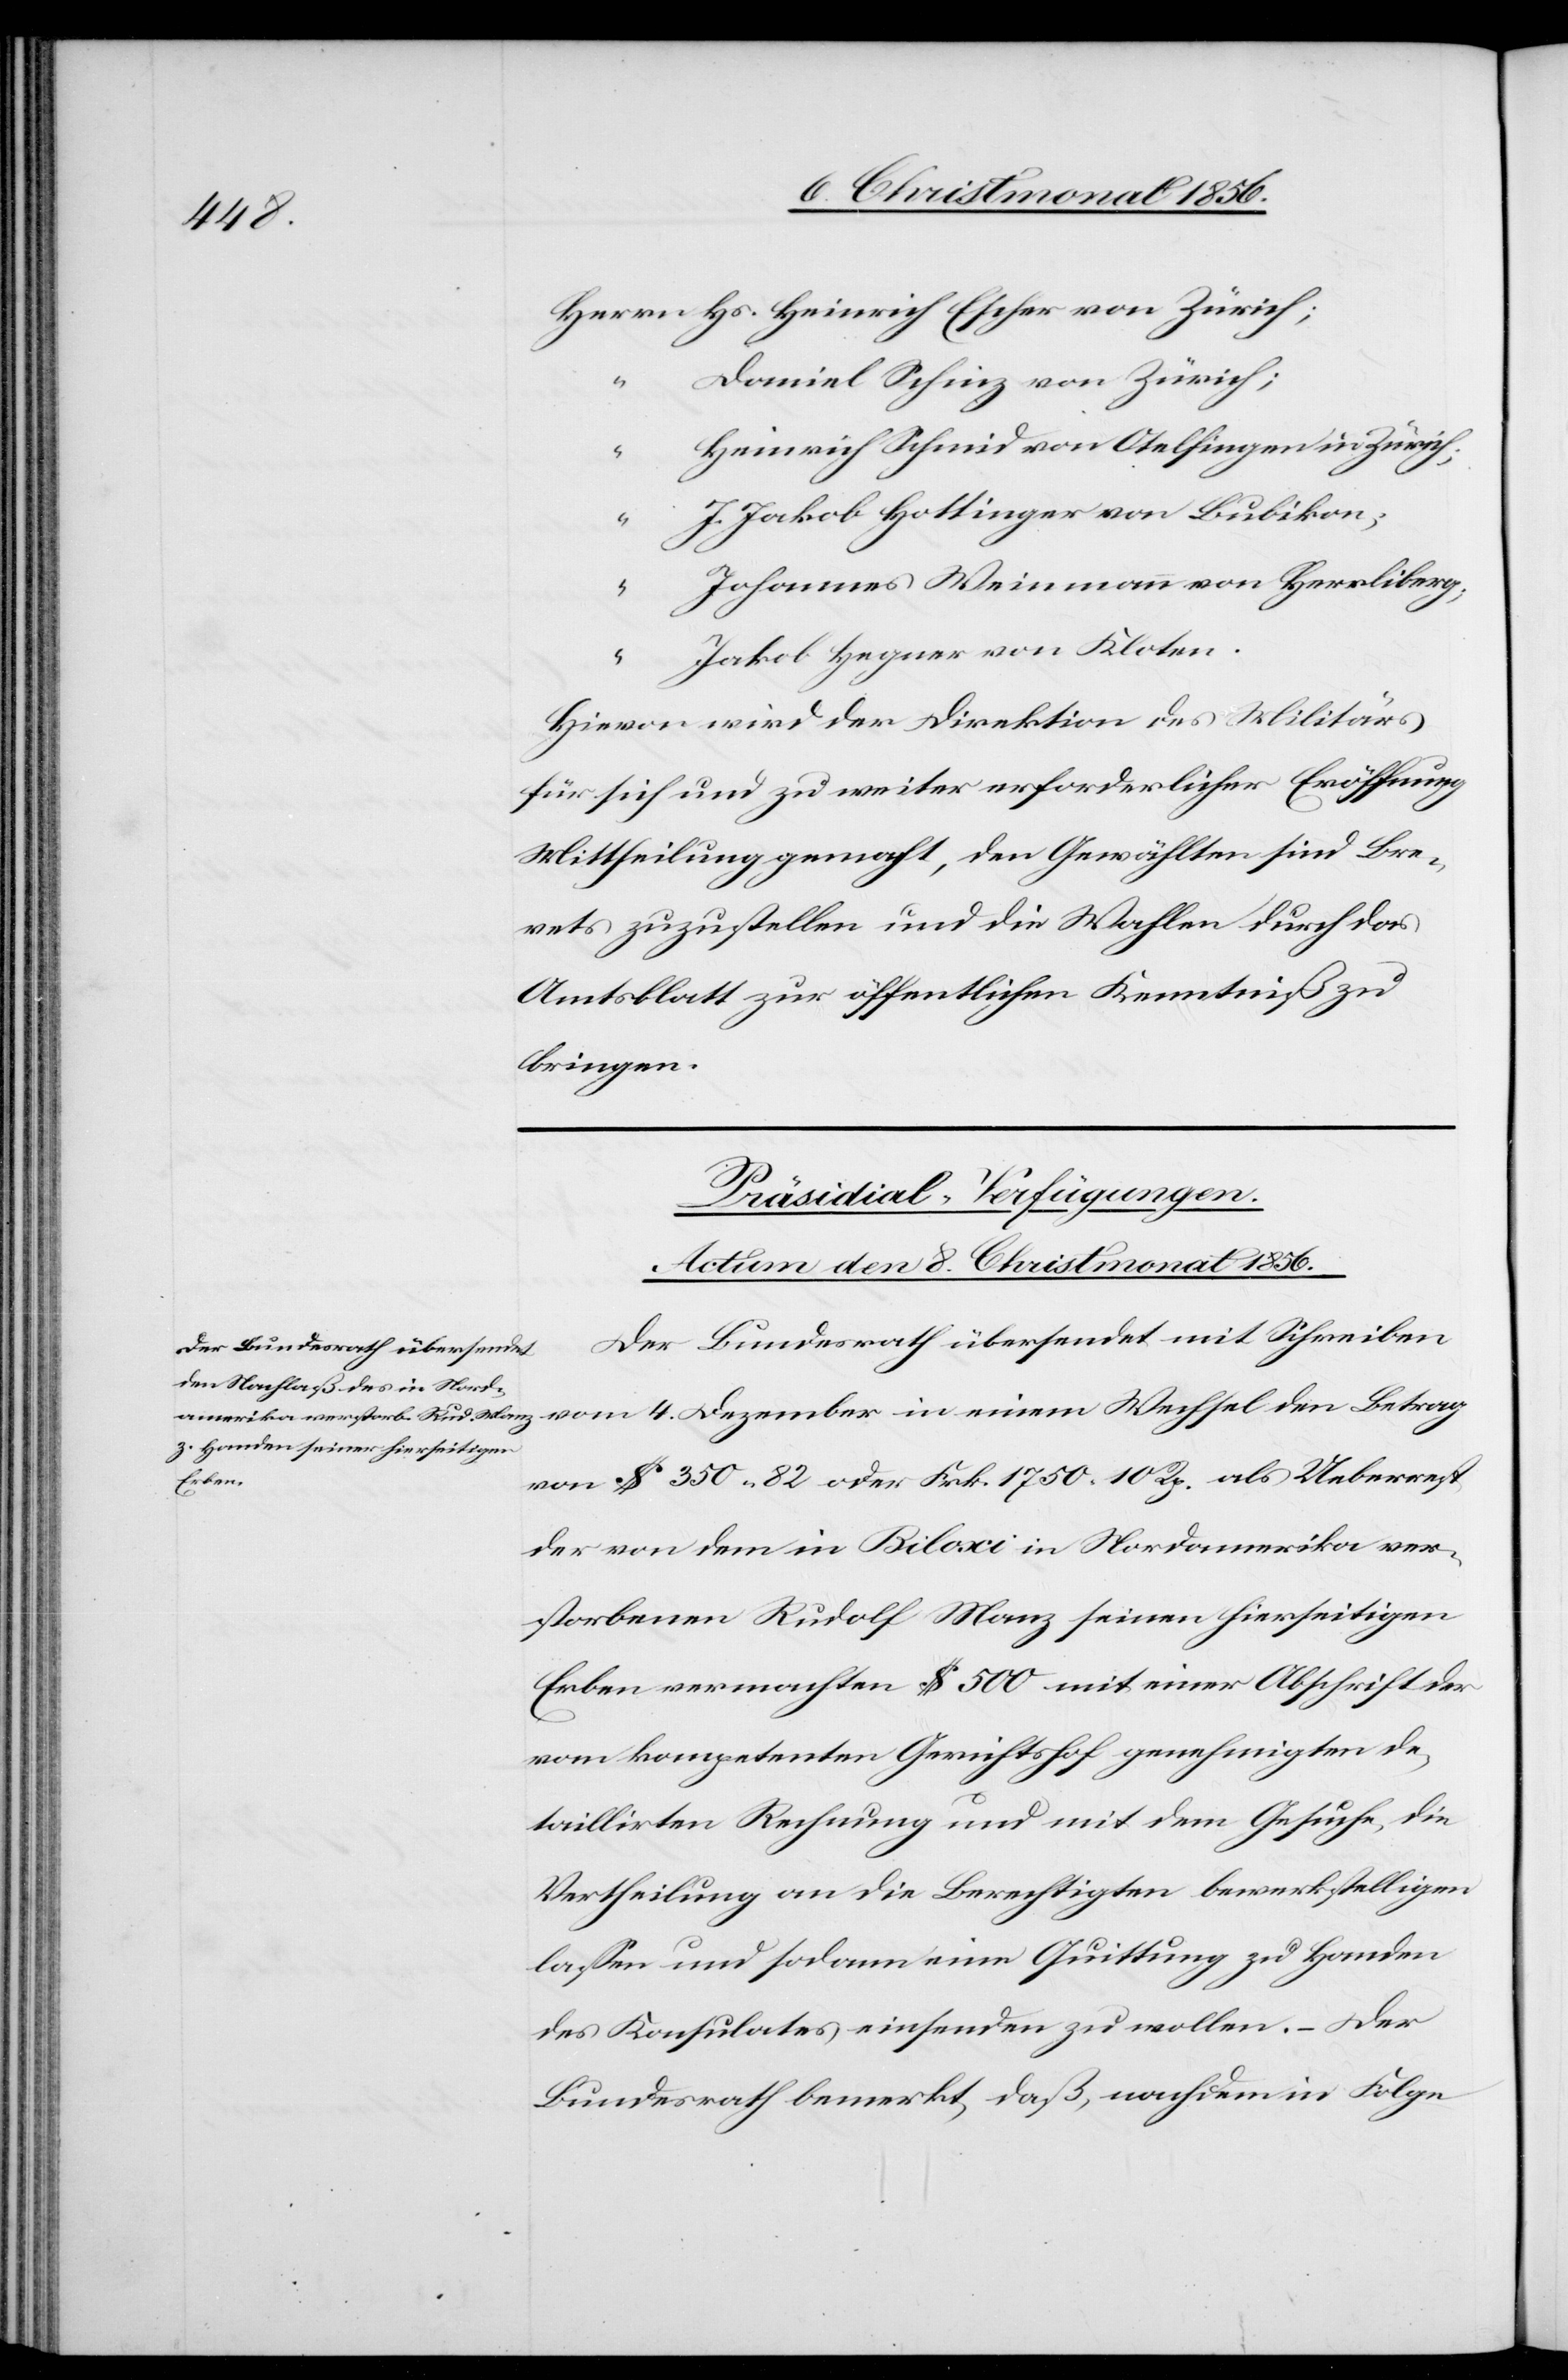
Herrn	 Hs. Heinrich Escher von Zürich;
Daniel Schinz von Zürich;
4.
“	 Heinrich Schmid von Otelfingen in Zürich;
J. Jakob Hottinger von Bubikon;
Johannes Weinmann von Herrliberg;
“	 Jakob Hegner von Kloten.
Hievon wird der Direktion des Militärs
für sich und zu weiter erforderlicher Eröffnung
Mittheilung gemacht, den Gewählten sind Bre¬
vets zuzustellen und die Wahlen durch das
Amtsblatt zur öffentlichen Kenntniß zu
bringen.
Präsidial-Verfügungen.
Actum den 8. Christmonat 1856.
Der Bundesrath übersendet mit Schreiben
von $ 350. 82 oder Frk. 1750. 10 Rp. als Ueberrest
der von dem in Biloxi in Nordamerika ver¬
storbenen Rudolf Manz seinen hierseitigen
Erben vermachten $ 500 mit einer Abschrift der
vom kompetenten Gerichtshof genehmigten de¬
taillirten Rechnung und mit dem Gesuche, die
Vertheilung an die Berechtigten bewerkstelligen
lassen und sodann eine Quittung zu Handen
des Konsulates einsenden zu wollen. – Der
Bundesrath bemerkt, daß, nachdem in Folge